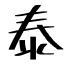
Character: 泰